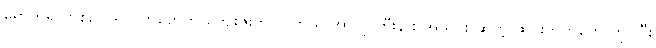
ရောက်ရှိလာစဉ် ပရိသတ်တွေက ကျေးဇူးတင်ပါတယ် အာဂျင်တီးနား အသင်း ဆိုတဲ့ ဆိုင်းဘုတ်တွေ ကိုင်ပြီး